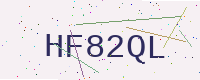
Text: HF82QL